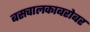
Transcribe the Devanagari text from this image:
बसचालकाबरोबर